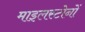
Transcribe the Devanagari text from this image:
माइलस्टोनों